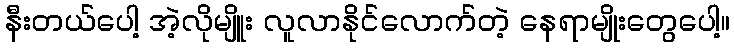
နီးတယ်ပေါ့ အဲ့လိုမျိူး လူလာနိုင်လောက်တဲ့ နေရာမျိုးတွေပေါ့။